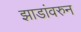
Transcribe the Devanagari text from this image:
झाडांवरुन